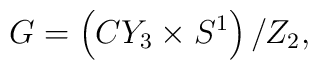
G=\left(CY_3 \times S^1 \right)/ Z_2,